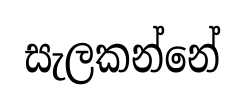
සැලකන්නේ